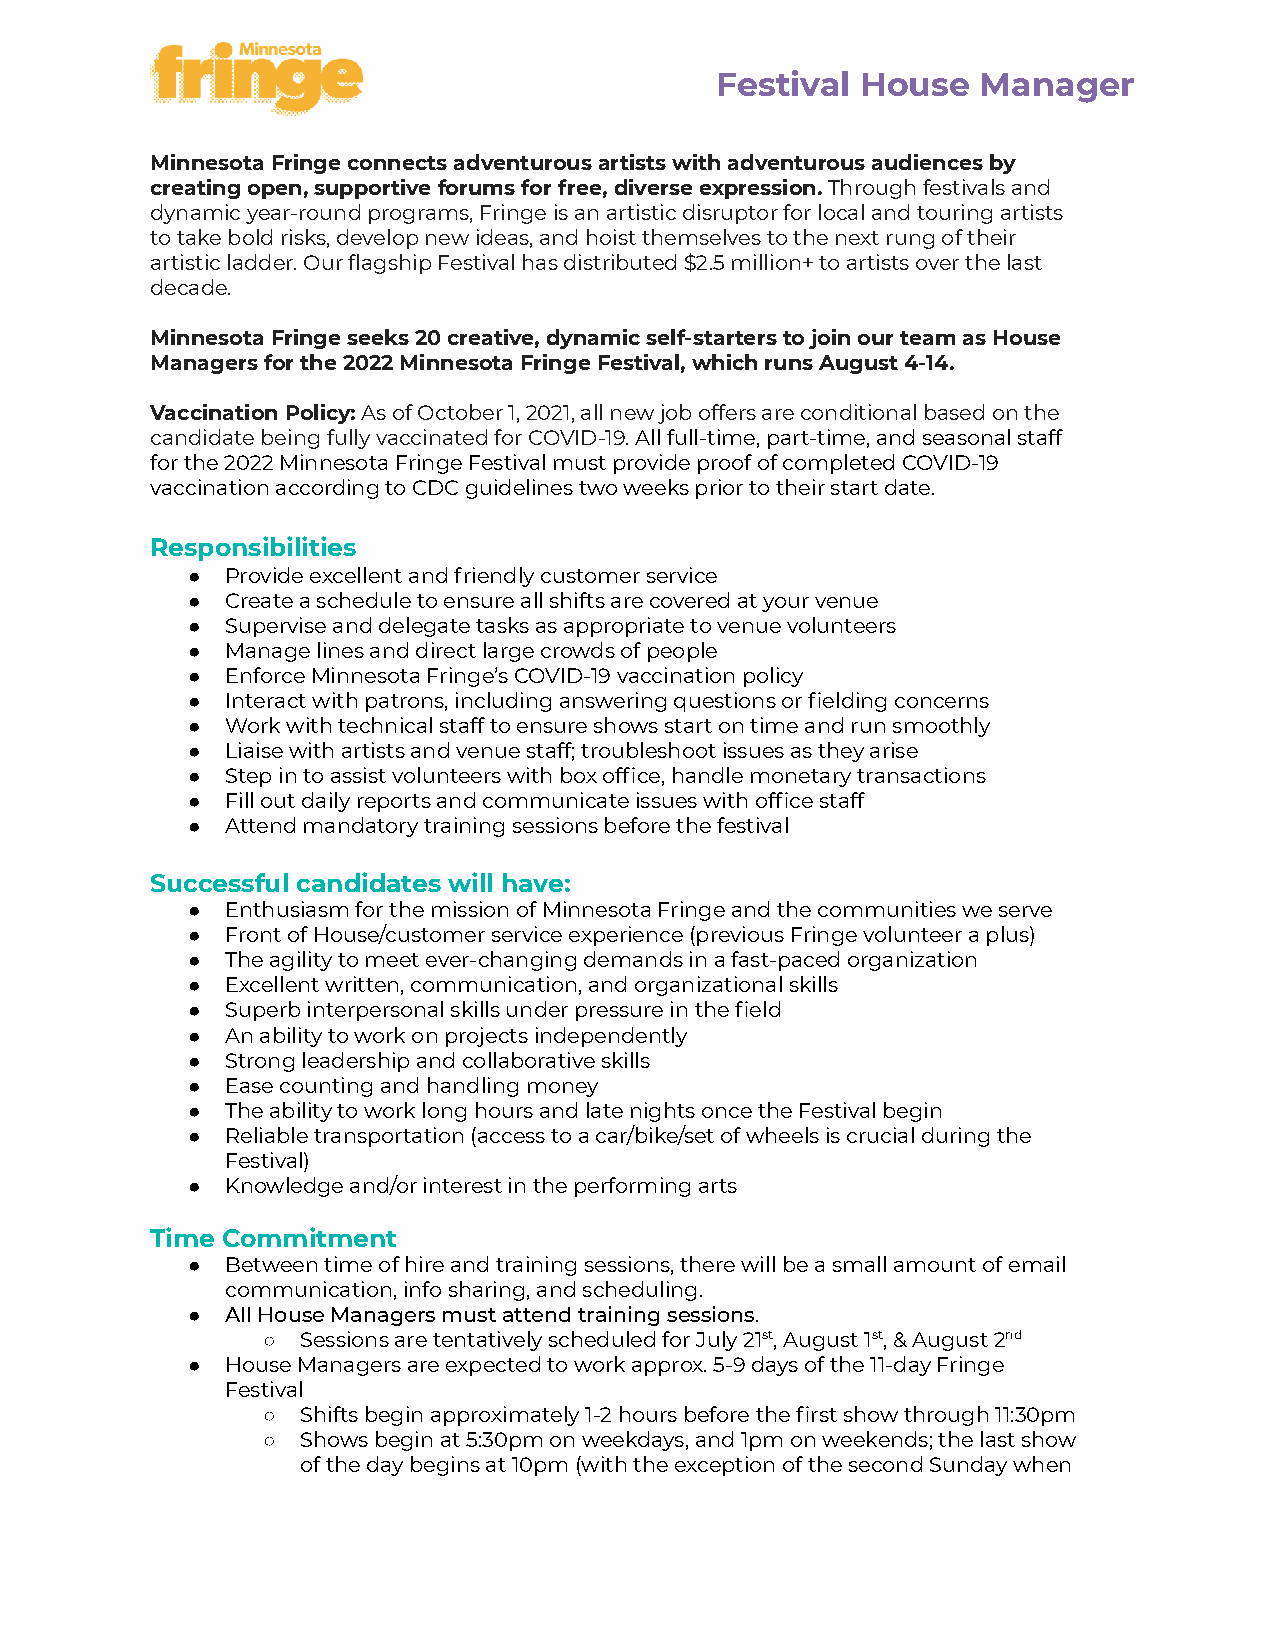
Festival  House   Manager
 Minnesota Fringe connects adventurous artists with adventurous audiences by
 creating open, supportive forums for free, diverse expression.Through festivals and
 dynamic year-round programs, Fringe is an artistic disruptor for local and touring artists
 to take bold risks, develop new ideas, and hoist themselves to the next rung of their
 artistic ladder. Our flagship Festival has distributed $2.5 million+ to artists over the last
 decade.
 Minnesota Fringe seeks 20 creative, dynamic self-starters to join our team as House
 Managers for the 2022 Minnesota Fringe Festival, which runs August 4-14.
 Vaccination Policy:As of October 1, 2021, all newjob offers are conditional based on the
 candidate being fully vaccinated for COVID-19.Allfull-time, part-time, and seasonal staff
 for the 2022 Minnesota Fringe Festival must provide proof of completed COVID-19
 vaccination according to CDC guidelines two weeks prior to their start date.
 Responsibilities
 ●  Provide excellent and friendly customer service
 ●  Create a schedule to ensure all shifts are covered at your venue
 ●  Supervise and delegate tasks as appropriate to venue volunteers
 ●  Manage lines and direct large crowds of people
 ●  Enforce Minnesota Fringe’sCOVID-19 vaccination policy
 ●  Interact with patrons, including answering questions or fielding concerns
 ●  Work with technical staff to ensure shows start on time and run smoothly
 ●  Liaise with artists and venue staff; troubleshoot issues as they arise
 ●  Step in to assist volunteers with box office, handle monetary transactions
 ●  Fill out daily reports and communicate issues with office staff
 ●  Attend mandatory training sessions before the festival
 Successful candidates will have:
 ●  Enthusiasm for the mission of Minnesota Fringe and the communities we serve
 ●  Front of House/customer service experience (previous Fringe volunteer a plus)
 ●  The agility to meet ever-changing demands in a fast-paced organization
 ●  Excellent written, communication, and organizational skills
 ●  Superb interpersonal skills under pressure in the field
 ●  An ability to work on projects independently
 ●  Strong leadership and collaborative skills
 ●  Ease counting and handling money
 ●  The ability to work long hours and late nights once the Festival begin
 ●  Reliable transportation (access to a car/bike/set of wheels is crucial during the
 Festival)
 ●  Knowledge and/or interest in the performing arts
 Time Commitment
 ●  Between time of hire and training sessions, there will be a small amount of email
 communication, info sharing, and scheduling.
 ●  All House Managers must attend training sessions.
 ○  Sessions are tentatively scheduled for July 21st,August 1st, & August 2nd
 ●  House Managers are expected to work approx. 5-9 days of the 11-day Fringe
 Festival
 ○  Shifts begin approximately 1-2 hours before the first show through 11:30pm
 ○  Shows begin at 5:30pm on weekdays, and 1pm on weekends; the last show
 of the day begins at 10pm (with the exception of the second Sunday when